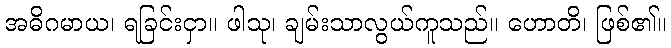
အဓိဂမာယ၊ ရခြင်းငှာ။ ဖါသု၊ ချမ်းသာလွယ်ကူသည်။ ဟောတိ၊ ဖြစ်၏။